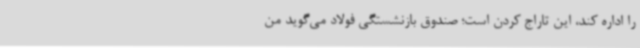
را اداره کند، این تاراج کردن است؛ صندوق بازنشستگی فولاد می‌گوید من